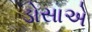
ડોસાએ